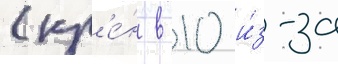
(кр'е́н в 10 и́з-за